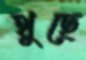
থুছে